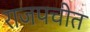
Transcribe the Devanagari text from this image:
राजपचीत